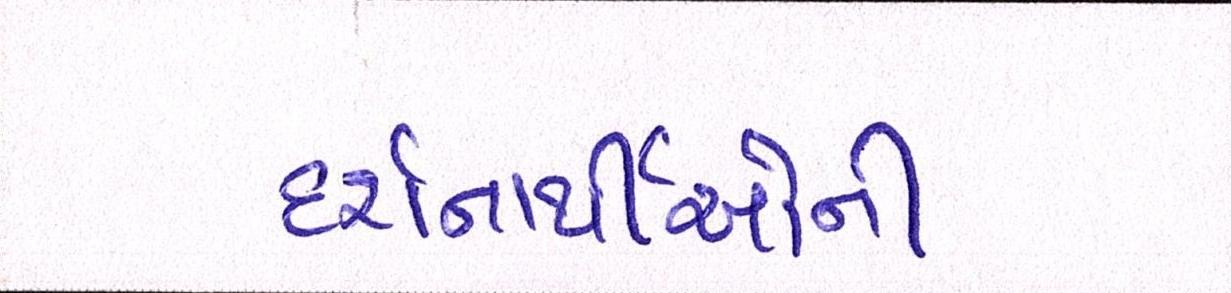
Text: દર્શનાર્થીઓની